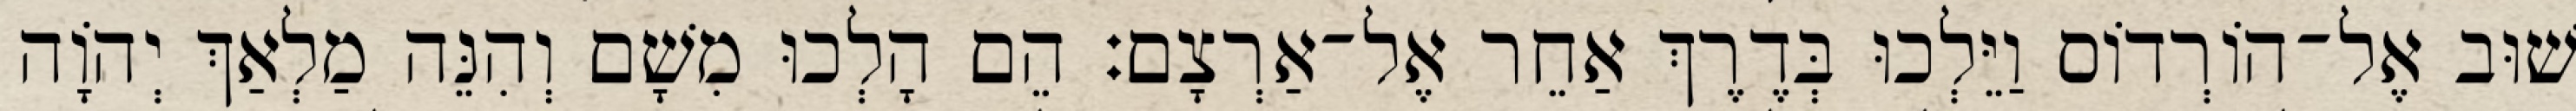
שׁוּב אֶל־הוֹרְדוֹס וַיֵּלְכוּ בְּדֶרֶךְ אַחֵר אֶל־אַרְצָם׃ הֵם הָלְכוּ מִשָׁם וְהִנֵּה מַלְאַךְ יְהוָֹה